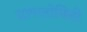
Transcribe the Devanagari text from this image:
प्राणतोषिनी